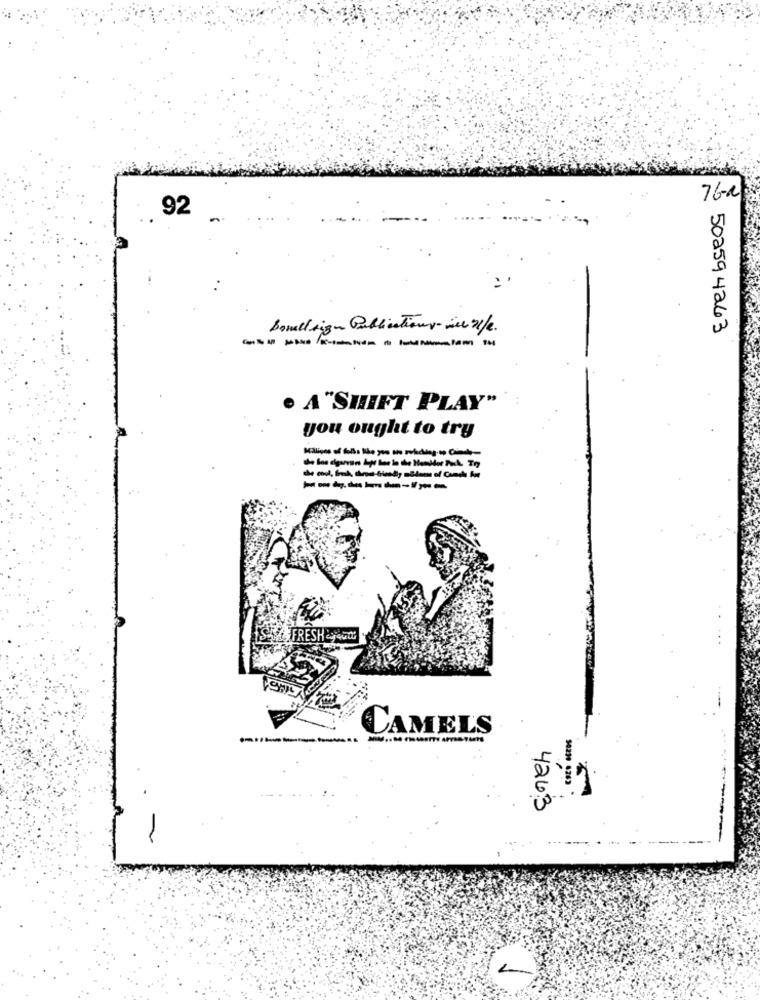
76-2
92
Bonell sign Publications inen/e.
502594263
. A"SHIFT PLAY"
you ought to try
CAMELS
-------
426.3